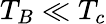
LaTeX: {T_{B}\ll T_{c}}